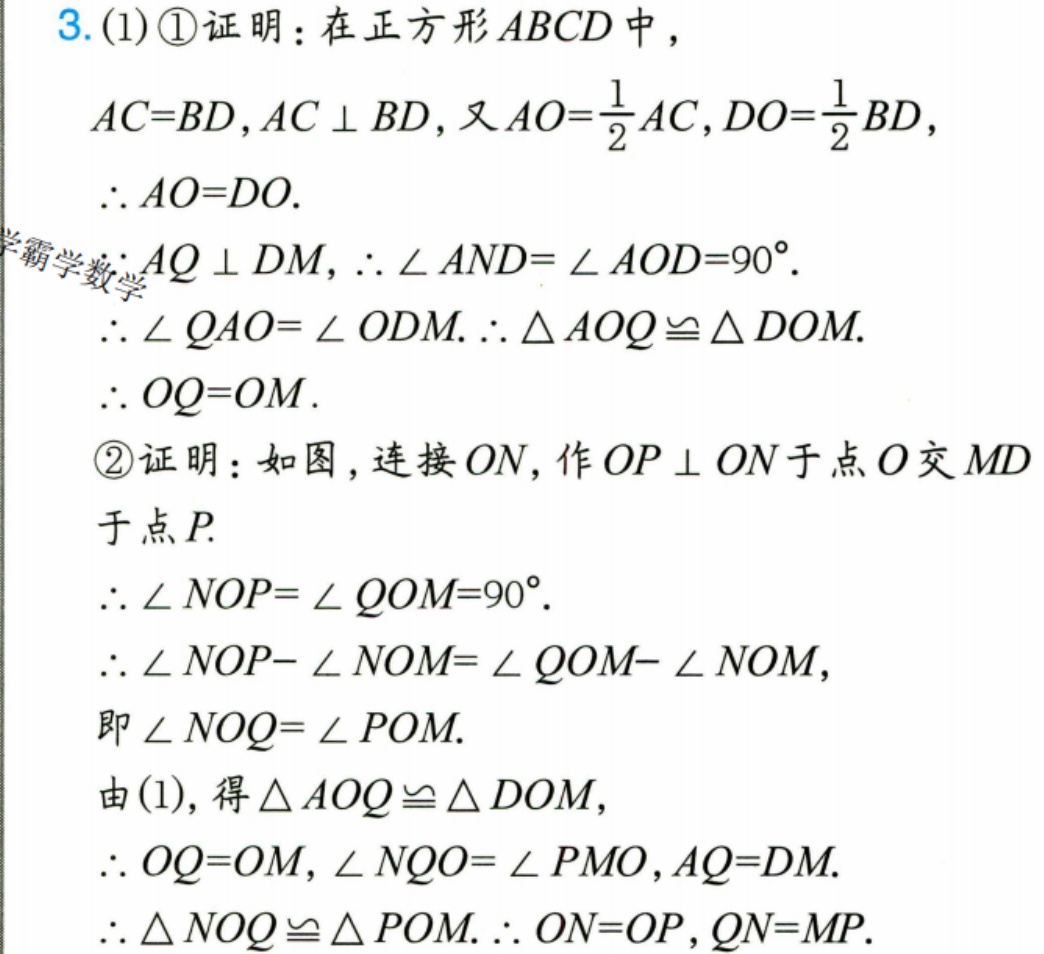
3. (1) \textcircled{1}证明：在正方形 \(ABCD\) 中，
\(AC = BD\)，\(AC\perp BD\)，又\(AO=\frac{1}{2}AC\)，\(DO=\frac{1}{2}BD\)，
\(\therefore AO = DO\).
\(\because AQ\perp DM\)，\(\therefore\angle AND=\angle AOD = 90^{\circ}\).
\(\therefore\angle QAO=\angle ODM\). \(\therefore\triangle AOQ\cong\triangle DOM\).
\(\therefore OQ = OM\).
\textcircled{2}证明：如图，连接 \(ON\)，作 \(OP\perp ON\) 于点 \(O\) 交 \(MD\)
于点 \(P\).
\(\therefore\angle NOP=\angle QOM = 90^{\circ}\).
\(\therefore\angle NOP-\angle NOM=\angle QOM-\angle NOM\)，
即\(\angle NOQ=\angle POM\).
由(1)，得\(\triangle AOQ\cong\triangle DOM\)，
\(\therefore OQ = OM\)，\(\angle NQO=\angle PMO\)，\(AQ = DM\).
\(\therefore\triangle NOQ\cong\triangle POM\). \(\therefore ON = OP\)，\(QN = MP\).